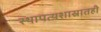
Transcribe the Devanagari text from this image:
स्थापत्यशास्रातही